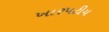
ખારપટીય